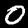
Digit: 0